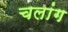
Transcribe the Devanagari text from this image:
चलांग